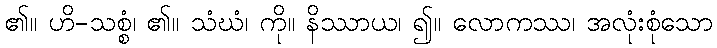
၏။ ဟိ-သစ္စံ၊ ၏။ သံဃံ၊ ကို။ နိဿာယ၊ ၍။ လောကဿ၊ အလုံးစုံသော